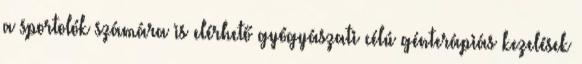
a sportolók számára is elérhető gyógyászati célú génterápiás kezelések